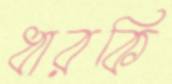
ধারকি